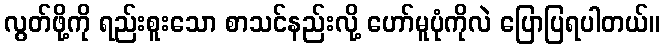
လွတ်ဖို့ကို ရည်းစူးသော စာသင်နည်းလို့ ဟော်မူပုံကိုလဲ ပြောပြရပါတယ်။